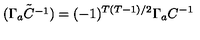
{ \tilde { ( \Gamma _ { a } C ^ { - 1 } ) } } = ( - 1 ) ^ { T ( T - 1 ) / 2 } \Gamma _ { a } C ^ { - 1 }